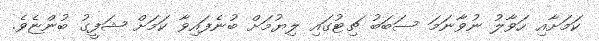
ކަމަށާއި ހަވާލު ނުވާނަމަ ސަބަބު ޗިޓުގައި ލިޔުމަށް ބުނެފައިވާ ކަމަށް ޝަފީގު ބުންޏެވެ.